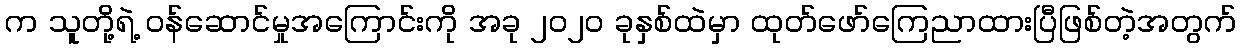
က သူတို့ရဲ့ ဝန်ဆောင်မှုအကြောင်းကို အခု ၂၀၂၀ ခုနှစ်ထဲမှာ ထုတ်ဖော်ကြေညာထားပြီဖြစ်တဲ့အတွက်